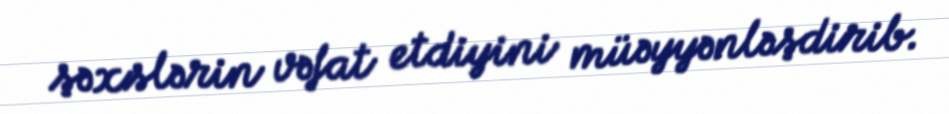
şəxslərin vəfat etdiyini müəyyənləşdirib.